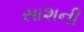
સાશની